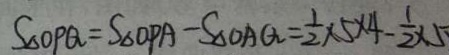
S _ { \Delta O P Q } = S _ { \Delta O P A } - S _ { \Delta O A Q } = \frac { 1 } { 2 } \times 5 \times 4 - \frac { 1 } { 2 } \times 5